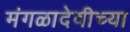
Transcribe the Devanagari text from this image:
मंगळादेवीच्या